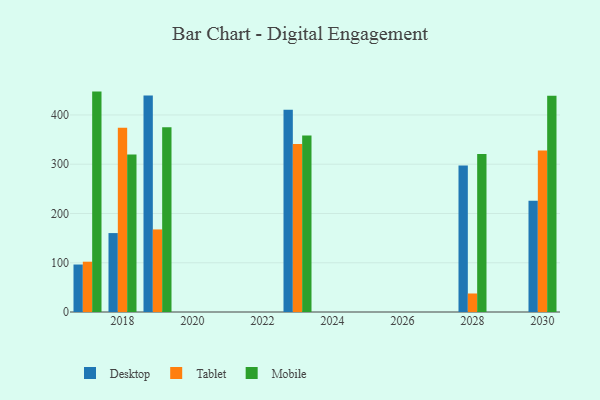
{"axis": {"x": "Year", "y": "Budget (USD K)"}, "legend": ["Desktop", "Mobile", "Tablet"], "data": [{"x": "2017", "y": 96.4, "type": "Desktop"}, {"x": "2017", "y": 102.1, "type": "Tablet"}, {"x": "2017", "y": 447.4, "type": "Mobile"}, {"x": "2018", "y": 160.2, "type": "Desktop"}, {"x": "2018", "y": 374.1, "type": "Tablet"}, {"x": "2018", "y": 319.8, "type": "Mobile"}, {"x": "2023", "y": 410.4, "type": "Desktop"}, {"x": "2023", "y": 340.9, "type": "Tablet"}, {"x": "2023", "y": 358.2, "type": "Mobile"}, {"x": "2019", "y": 439.5, "type": "Desktop"}, {"x": "2019", "y": 167.6, "type": "Tablet"}, {"x": "2019", "y": 374.8, "type": "Mobile"}, {"x": "2030", "y": 226.0, "type": "Desktop"}, {"x": "2030", "y": 327.6, "type": "Tablet"}, {"x": "2030", "y": 439.2, "type": "Mobile"}, {"x": "2028", "y": 297.2, "type": "Desktop"}, {"x": "2028", "y": 37.6, "type": "Tablet"}, {"x": "2028", "y": 320.5, "type": "Mobile"}]}